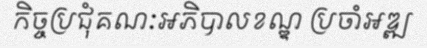
កិច្ចប្រជុំគណៈអភិបាលខណ្ឌ ប្រចាំអឌ្ឍ